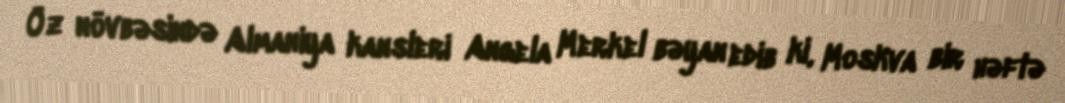
Öz növbəsində Almaniya kansleri Angela Merkel bəyan edib ki, Moskva bir həftə